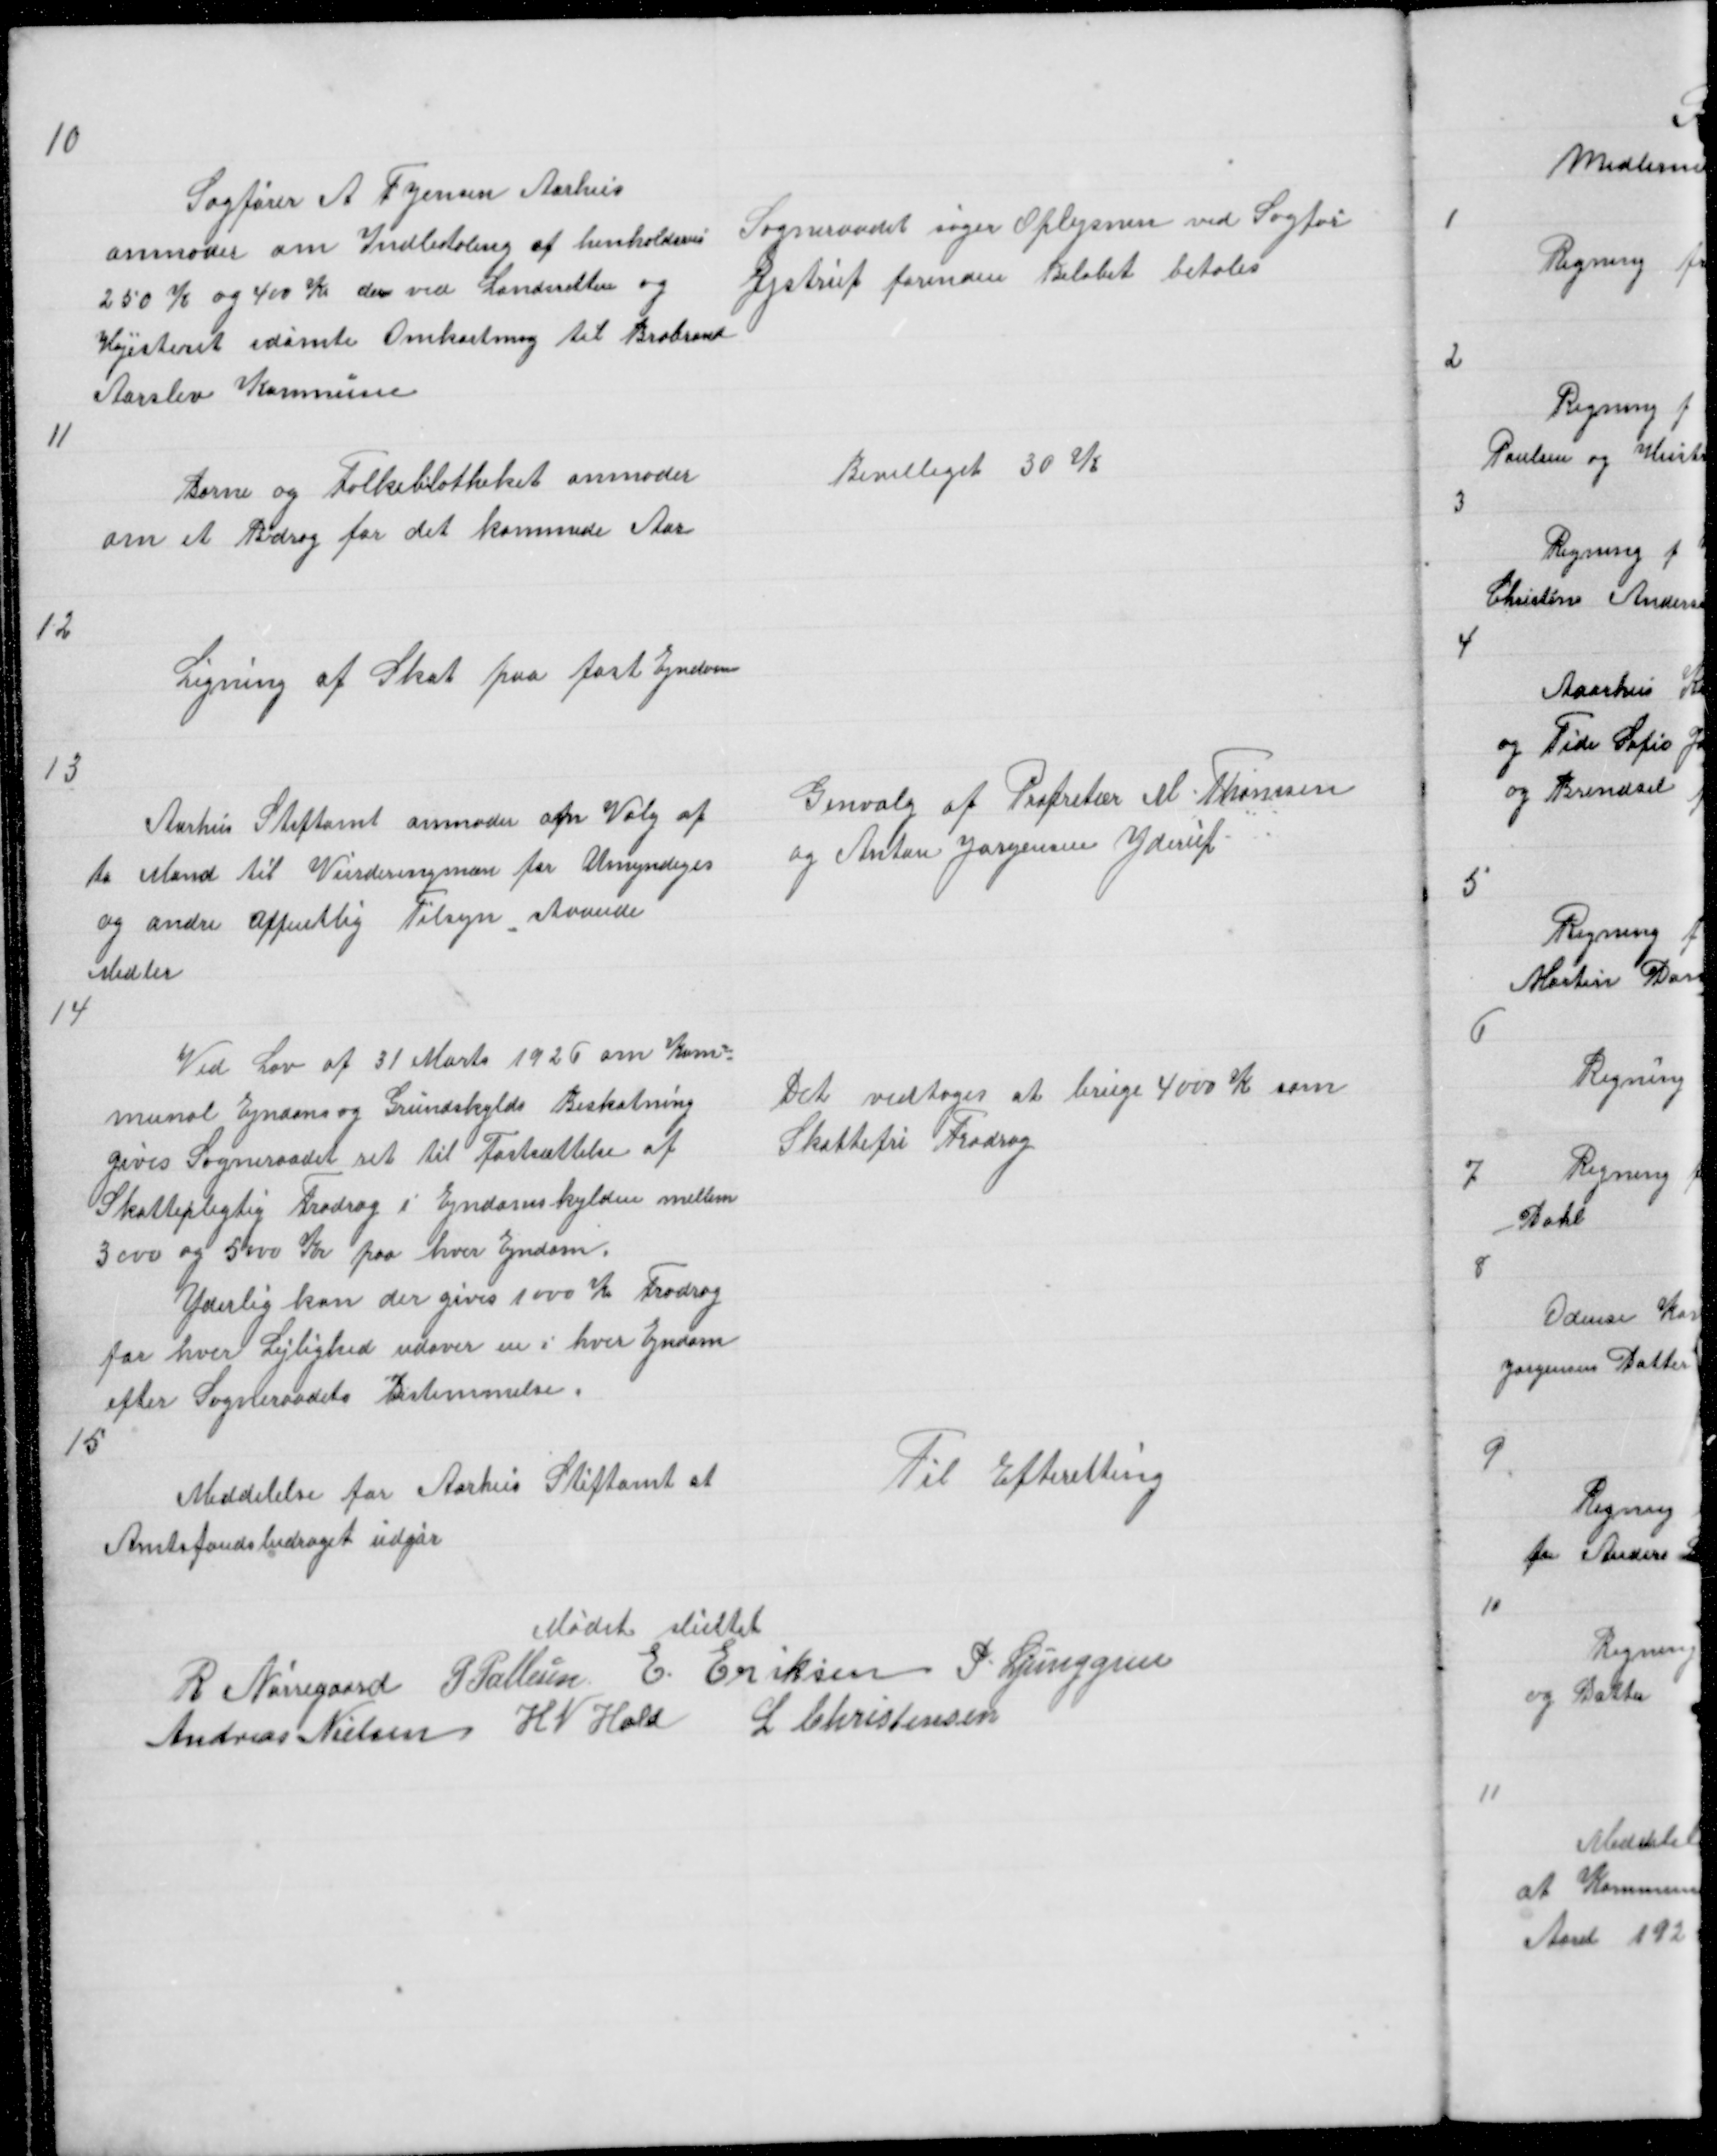
Transskription:
10

Sagfører A F Jensen Aarhus
anmoder om Indbetaling af henholdsvis
250 K og 400 K den ved Landsretten og
Højesteret idømte Omkostning til Brabrand
Aarlev Kommune

Sogneraadet søger Oplysnin ved Sagfør
Ejstrup forinden Beløbet betales

11

Børne og Folkebilotheket anmoder
om et Bidrag for det kommede Aar

Bevilliget 30 K

12

Ligning af Skat paa fast Ejndom

13

Aarhus Stiftamt anmoder om Valg af
to Mand til Vurderingsmæn for Umyndiges
og andre Offentlig Tilsyn Anvende
Midler

Genvalg af Propritær M Thomsen
og Anton Jørgensen Yderup

14

Ved Lov af 31 Marts 1926 om Kom =
munal Ejndoms og Grundskylds Beskatning
gives Sogneraadet ret til Fastsættelse af
Skattepligtig Fradrag i Ejndomskylden mellem
3000 og 5000 Kr paa hver Ejndom
Yderlig kan der gives 1000 K Fradrag
for hver Lejlighed udover en i hver Ejndom
efter Sogneraadets Bestemmelse
15

Det vedtoges at bruge 4000 K som
Skattefri Fradrag

Meddelelse for Aarhus Stiftamt at
Amtsfondsbidraget udgår

Til Efterretting

Mødet sluttet
R Nørregaard P Pallesen E Eriksen P Ljunggren
Andreas Nielsen H N Hald L Christensen